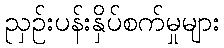
ညှဉ်းပန်းနှိပ်စက်မှုများ